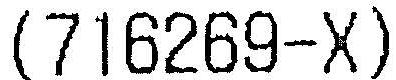
(716269-X)